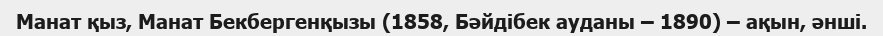
Манат қыз, Манат Бекбергенқызы (1858, Бәйдібек ауданы – 1890) – ақын, әнші.